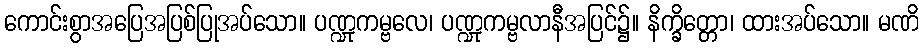
ကောင်းစွာအပြေအပြစ်ပြုအပ်သော။ ပဏ္ဍုကမ္ဗလေ၊ ပဏ္ဍုကမ္ဗလာနီအပြင်၌။ နိက္ခိတ္တော၊ ထားအပ်သော။ မဏိ